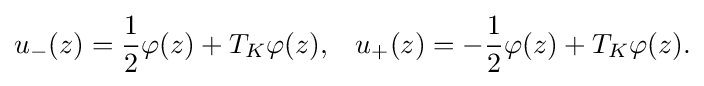
\displaystyle {u_{-}(z)={1 \over 2}\varphi (z)+T_{K}\varphi (z),\,\,\,\,\,u_{+}(z)=-{1 \over 2}\varphi (z)+T_{K}\varphi (z).}